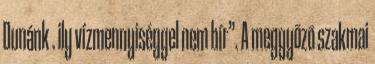
Dunánk . ily vízmennyiséggel nem bír”. A meggyõzõ szakmai